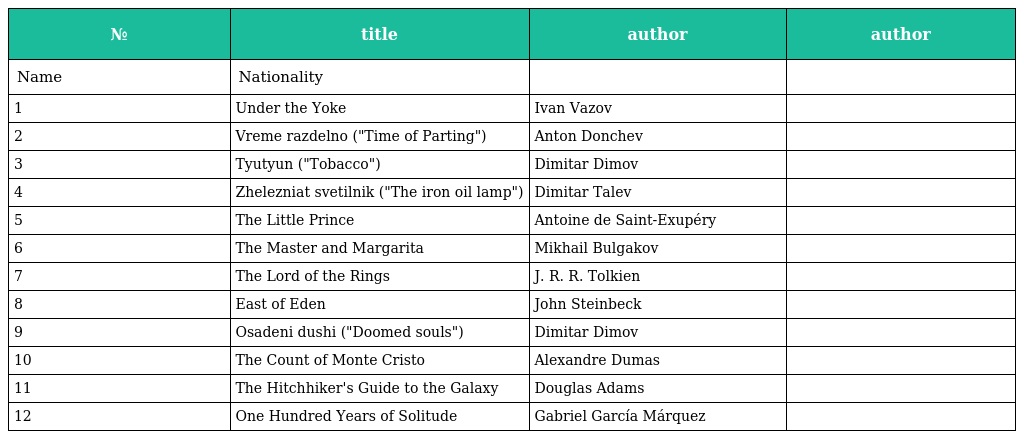
| № | title | author | author |
 | --- | --- | --- | --- |
 | Name | Nationality |  |  |
 | 1 | Under the Yoke | Ivan Vazov |  |
 | 2 | Vreme razdelno ("Time of Parting") | Anton Donchev |  |
 | 3 | Tyutyun ("Tobacco") | Dimitar Dimov |  |
 | 4 | Zhelezniat svetilnik ("The iron oil lamp") | Dimitar Talev |  |
 | 5 | The Little Prince | Antoine de Saint-Exupéry |  |
 | 6 | The Master and Margarita | Mikhail Bulgakov |  |
 | 7 | The Lord of the Rings | J. R. R. Tolkien |  |
 | 8 | East of Eden | John Steinbeck |  |
 | 9 | Osadeni dushi ("Doomed souls") | Dimitar Dimov |  |
 | 10 | The Count of Monte Cristo | Alexandre Dumas |  |
 | 11 | The Hitchhiker's Guide to the Galaxy | Douglas Adams |  |
 | 12 | One Hundred Years of Solitude | Gabriel García Márquez |  |